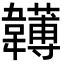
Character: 𩏯